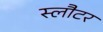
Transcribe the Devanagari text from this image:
स्लौटर